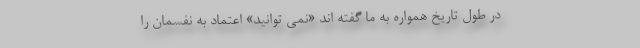
در طول تاریخ همواره به ما گفته اند «نمی توانید» اعتماد به نفسمان را